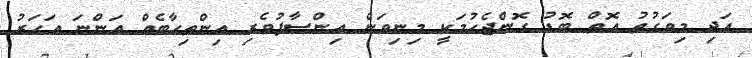
އަދި މިވަގުތު އޮތް ބޮޑު ގޮންޖެހުމަކީ މިނިވަން އިންސާފުވެރި އިންތިހާބެއް އަންނަ އަހަރު